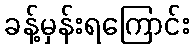
ခန့်မှန်းရကြောင်း